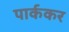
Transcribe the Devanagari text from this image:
पार्ककर